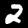
Digit: 2